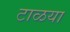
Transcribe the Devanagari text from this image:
टाळया